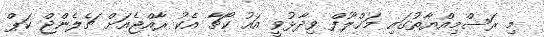
މި ރަސްމިއްޔާތުގައި މަޚްލޫފް ވިދާޅުވީ އައު ކޯޗާ އެކު ރާއްޖެއަށް ޗެލެންޖް ކަޕް